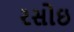
રસોઇ